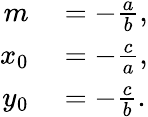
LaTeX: \begin{array}{rl}{m}&{{}=-{\frac{a}{b}},}\\ {x_{0}}&{{}=-{\frac{c}{a}},}\\ {y_{0}}&{{}=-{\frac{c}{b}}.}\end{array}